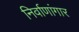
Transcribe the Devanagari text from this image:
निर्वाणांगार